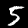
Digit: 5